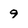
Character: 9